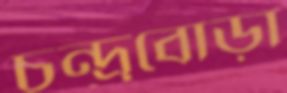
চন্দ্র্রবোড়া